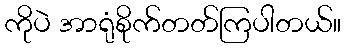
ကိုပဲ အာရုံစိုက်တတ်ကြပါတယ်။